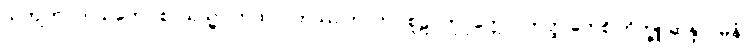
သကျကုလပ္ပသုတော စာယသ္မာ တထာဂတဿ ဘာတာ စူဠပိတုပုတ္တော။ တတ္ထ ကေစိ ဘိက္ခူ ဆန္ဒာဂမနံ